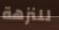
للنزهة